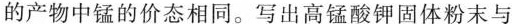
的产物中锰的价态相同。写出高锰酸钾固体粉末与